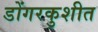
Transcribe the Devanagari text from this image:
डोंगरकुशीत